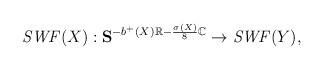
\begin{align*}\mathit{SWF}(X) : \mathbf{S}^{-b^+ (X)\mathbb{R} - \frac{\sigma(X)}{8}\mathbb{C}} \rightarrow \mathit{SWF}(Y), \end{align*}